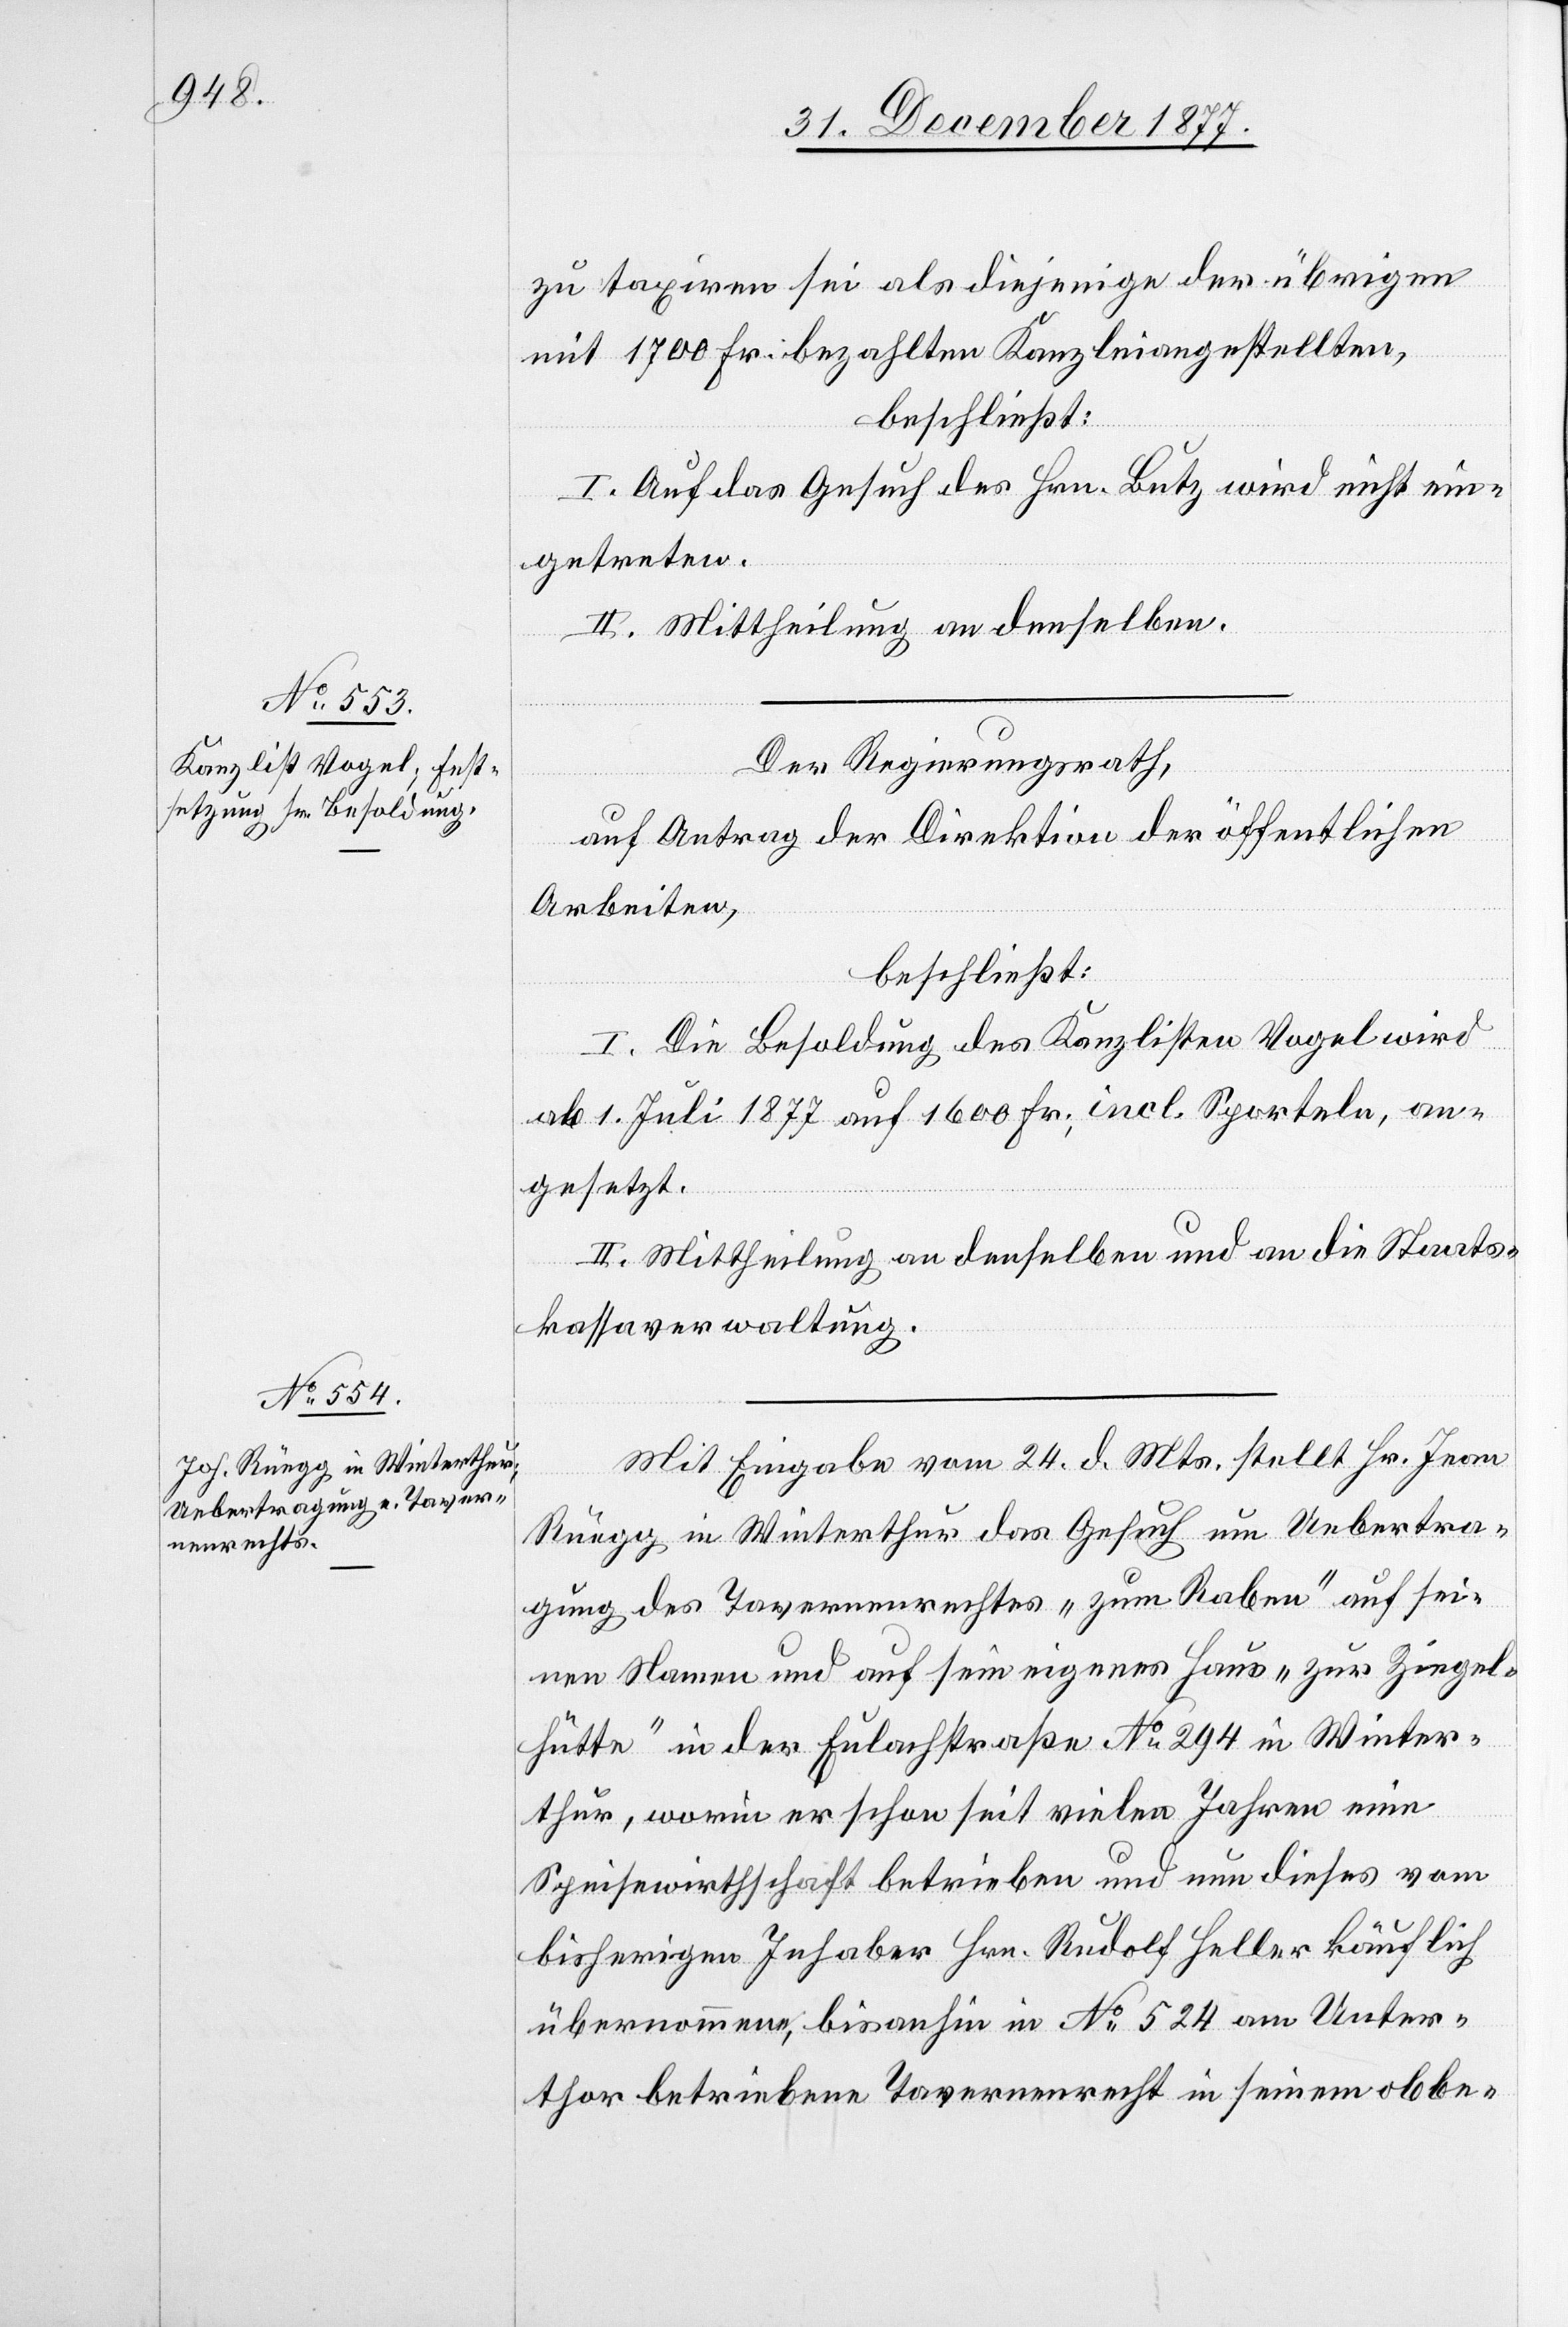
zu taxiren sei als diejenige der übrigen
mit 1700 Fr. bezahlten Kanzleiangestellten,
beschließt:
I. Auf das Gesuch des Hrn. Butz wird nicht ein¬
getreten.
II. Mittheilung an denselben.
Der Regierungsrath,
auf Antrag der Direktion der öffentlichen
Arbeiten,
beschließt:
I. Die Besoldung des Kanzlisten Vogel wird
ab 1. Juli 1877 auf 1600 Fr., incl. Sporteln, an¬
gesetzt.
II. Mittheilung an denselben und an die Staats¬
kassaverwaltung.
Mit Eingabe vom 24. d. Mts. stellt Hr. Jean
Rüegg in Winterthur das Gesuch um Uebertra¬
gung des Tavernenrechtes „zum Raben“ auf sei¬
nen Namen und auf sein eigenes Haus „zur Ziegel¬
hütte“ in der Eulachstraße No 294 in Winter¬
thur, worin er schon seit vielen Jahren eine
Speisewirthschaft betrieben und nun dieses vom
bisherigen Inhaber Hrn. Rudolf Heller käuflich
übernommene, bisanhin in No 524 am Unter¬
thor betriebene Tavernenrecht in seinem obbe-